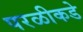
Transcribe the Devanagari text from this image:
परळीकडे